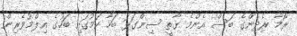
ރޯމާ ރެދިންގެ ބަސް އެންމެ ގާތީ ސިންގަޅަ ބަހާ ކަމުގައި ބަހުގެ ޢިލްމުވެރިން